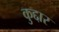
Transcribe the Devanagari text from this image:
कुद्दार